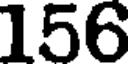
156